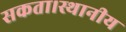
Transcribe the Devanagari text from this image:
सकता।स्थानीय